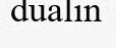
dualin